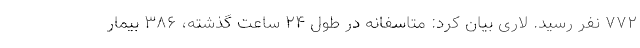
۷۷۲ نفر رسید. لاری بیان کرد: متاسفانه در طول ۲۴ ساعت گذشته، ۳۸۶ بیمار